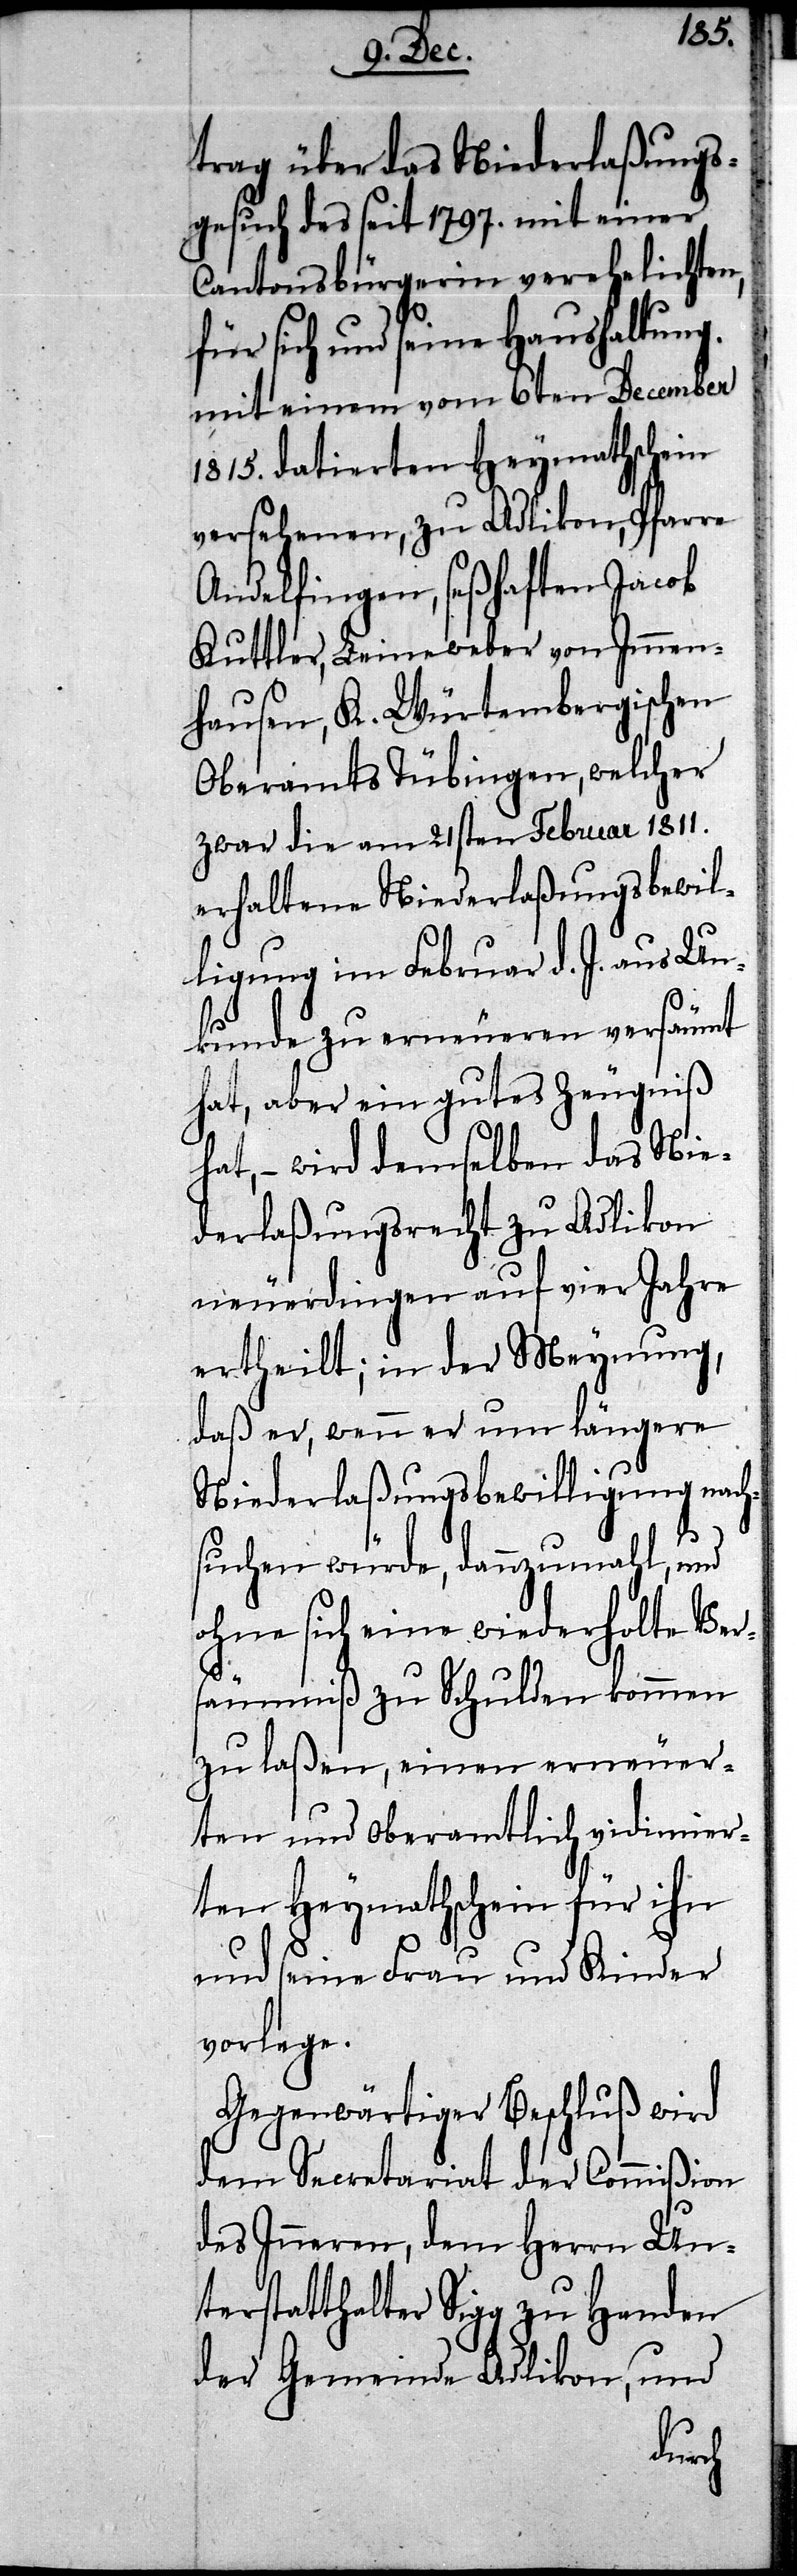
trag über das Niederlaßungs¬
gesuch des seit 1797. mit einer
Cantonsbürgerin verehelichten,
für sich und seine Haushaltung
mit einem vom 6ten December
1815. datierten Heymathschein
versehenen, zu Adlikon, Pfarre
Andelfingen, seßhaften Jacob
Kuttler, Leineweber von Immen¬
hausen, K. Würtembergischen
Oberamts Tübingen, welcher
zwar die am 21sten Februar 1811.
erhaltene Niederlaßungsbewil¬
ligung im Februar d. J. aus Un¬
kunde zu erneueren versäumt
hat, aber ein gutes Zeugniß
hat, – wird demselben das Nie¬
derlaßungsrecht zu Adlikon
neuerdingen auf vier Jahre
ertheilt; in der Meynung,
daß er, wenn er um längere
Niederlaßungsbewilligung nach¬
suchen würde, dannzumahl, und
ohne sich eine wiederholte Ver¬
säumniß zu Schulden kommen
zu laßen, einen erneuer¬
ten und Oberamtlich vidimier¬
ten Heymathschein für ihn
und seine Frau und Kinder
vorlege.
Gegenwärtiger Beschluß wird
dem Secretariat der Commißion
des Inneren, dem Herrn Un¬
terstatthalter Sigg zu Handen
der Gemeinde Adlikon, und